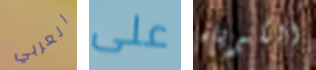
العربي على الكبرياء